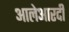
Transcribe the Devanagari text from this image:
आलेआरदी